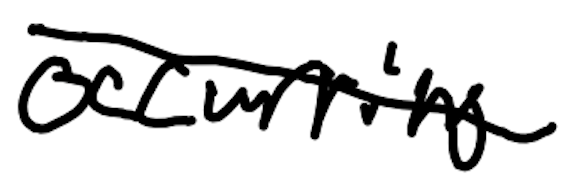
Text: occurring
Cross-out: diagonal
Writing tool: digital_black